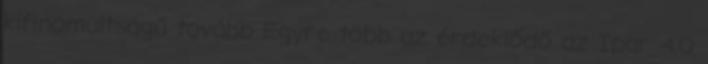
kifinomultságú tovább Egyre több az érdeklődő az Ipar 4.0